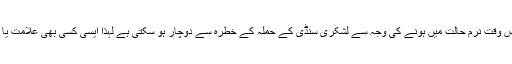
انہوںنے کہا کہ کپاس کی اگیتی فصل اس وقت نرم حالت میں ہونے کی وجہ سے لشکری سنڈی کے حملہ کے خطرہ سے دوچار ہو سکتی ہے لہٰذا ایسی کسی بھی علامت یا شکائت کا تدارک بروقت ضروری ہے۔